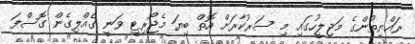
ރައްޔިތުންގެ މަޖިލީހުގައި މި ސަރުކާރަށް އޮތް ބިޔަ މެޖޯރިޓީ ވަނީ ގެއްލިގެން ގޮސްފަ